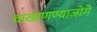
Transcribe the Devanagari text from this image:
वाखाणण्याजोगे